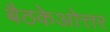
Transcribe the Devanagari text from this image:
बैठकेओत्तर